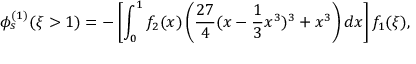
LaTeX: \phi _ { s } ^ { ( 1 ) } ( \xi > 1 ) = - \left[ \int _ { 0 } ^ { 1 } f _ { 2 } ( x ) \left( \frac { 2 7 } { 4 } ( x - \frac { 1 } { 3 } x ^ { 3 } ) ^ { 3 } + x ^ { 3 } \right) d x \right] f _ { 1 } ( \xi ) ,